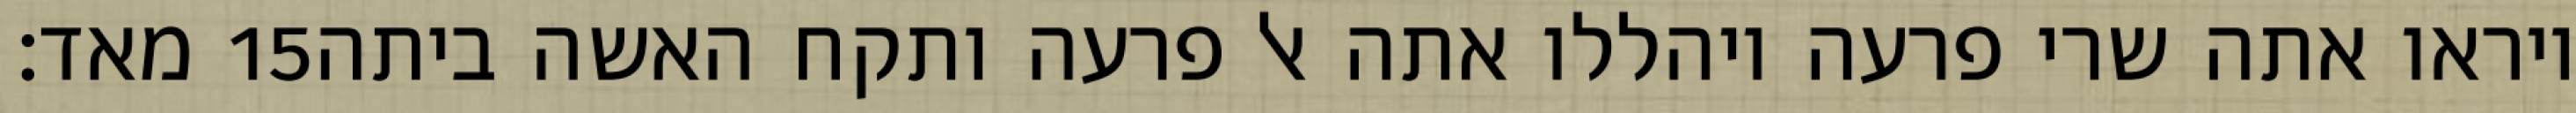
מאד׃ ‎15‏ ויראו אתה שרי פרעה ויהללו אתה אל פרעה ותקח האשה ביתה